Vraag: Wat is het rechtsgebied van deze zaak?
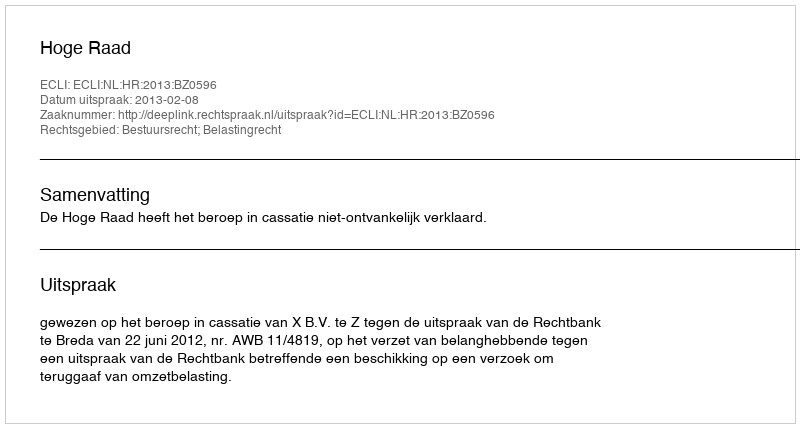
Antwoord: Bestuursrecht; Belastingrecht